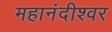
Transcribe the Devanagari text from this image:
महानंदीश्‍वर